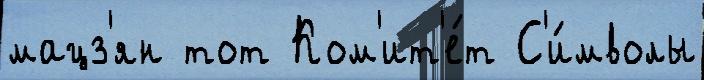
мацз'ян тот Ком'ит'е́т С'и́мволы